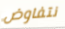
نتفاوض